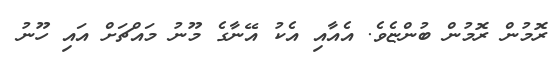
ރޮމުން ރޮމުން ބުންޏެވެ. އެއާއި އެކު އޭނާގެ މޫނު މައްޗަށް އައި ހޫނު